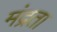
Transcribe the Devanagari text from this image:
मंद्रता